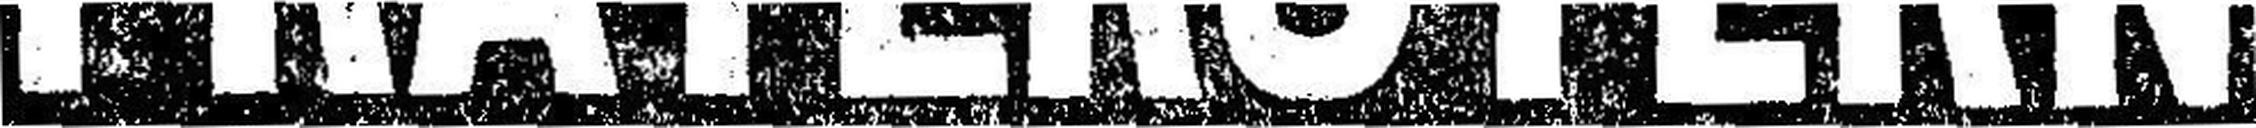
Praterstern